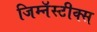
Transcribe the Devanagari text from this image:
जिम्नॅस्टीक्स